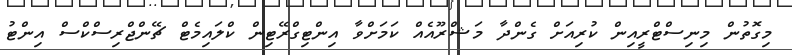
މިގޮތުން މިނިސްޓްރީއިން ކުރިއަށް ގެންދާ މަޝްރޫއެއް ކަމަށްވާ އިންޓިގްރޭޓިން ކްލައިމެޓް ޗޭންޖްރިސްކްސް އިންޓު